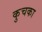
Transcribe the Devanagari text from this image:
कुचका